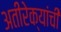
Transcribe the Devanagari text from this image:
अतीरेक्यांची